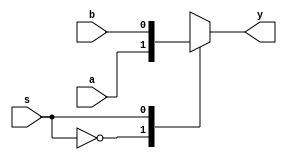
`timescale 1ns / 1ps

module mux2X1(a,b,s,y);
input a,b,s;
output reg y;

always @(a or b or s)
begin
case(s)
0: y=a;
1:y=b;
default: y=1'b0;
endcase
end
endmodule



module d_ff(d,clk,reset,q);
input d,clk,reset;
output reg q;

always @(posedge clk)
begin
if(reset)
q=0;
else 
q=d;
end

endmodule


module cn_ff(c,n,clk,q,qbar);
input c,n,clk;
output q,qbar;
wire cn,n_bar,d_wire;

mux2X1 mux1(1'b0,c,n,cn);
mux2X1 mux2(1'b1,1'b0,n,n_bar);
mux2X1 mux3(cn,n_bar,q,d_wire);
d_ff dff1( .d(d_wire),.clk(clk),.reset(),.q(q));
assign qbar=~q;

endmodule